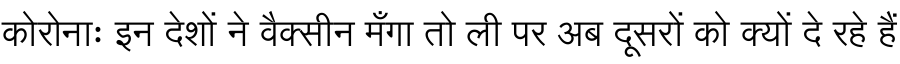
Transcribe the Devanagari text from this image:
कोरोनाः इन देशों ने वैक्सीन मँगा तो ली पर अब दूसरों को क्यों दे रहे हैं